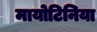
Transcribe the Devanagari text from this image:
मायोटिनिया